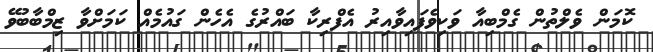
ކޮމަން ވެލްތުން ގެމްބިއާ ވަކިވެފައިވާއިރު އެފްރިކާ ބައްރުގެ އެހެން ގައުމެއް ކަމަށްވާ ޒިމްބާބުވޭ